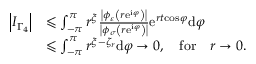
\begin{array} { r l } { \left\vert I _ { \Gamma _ { 4 } } \right\vert } & { \leqslant \int _ { - \pi } ^ { \pi } r ^ { \xi } \frac { \left\vert \phi _ { \varepsilon } \left( r \mathrm { e } ^ { \mathrm { i } \varphi } \right) \right\vert } { \left\vert \phi _ { \sigma } \left( r \mathrm { e } ^ { \mathrm { i } \varphi } \right) \right\vert } \mathrm { e } ^ { r t \mathrm { \cos } \varphi } \mathrm { d } \varphi } \\ & { \leqslant \int _ { - \pi } ^ { \pi } r ^ { \xi - \zeta _ { r } } \mathrm { d } \varphi \rightarrow 0 , \quad \mathrm { f o r } \quad r \rightarrow 0 . } \end{array}